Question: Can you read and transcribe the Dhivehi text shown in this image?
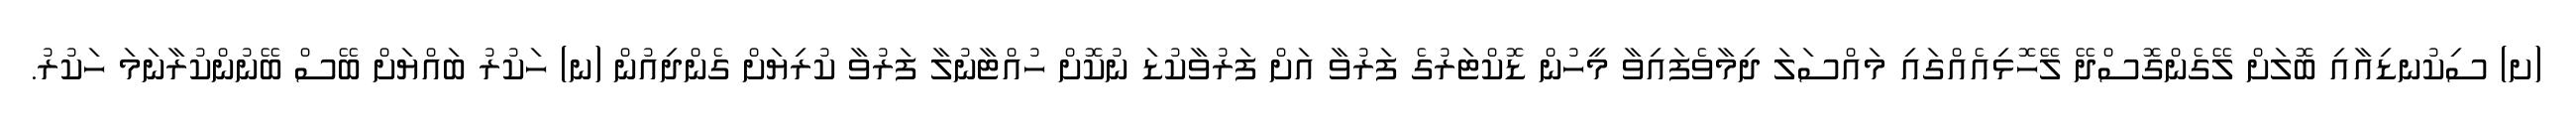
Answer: (ށ) ސިކުނޑިއާއި ބޮލަށް ލޭގެންގޮސްދޭ ލޭހޮޅިއެއްގައި މައްސަލަ ދިމާވެފައިވާ މީހުން ޑޮކްޓަރުގެ ފަރުވާ އަށް ފަރުވާކުޑަ ނުކޮށް ހުއްޓާނުލާ ފަރުވާ ކުރިޔަށް ގެންދިއުން (ނ) ހަކުރު ބައްޔަށް ބޭސް ބޭނުންކުރާނަމަ ހަކުރު.